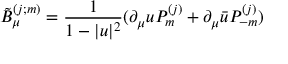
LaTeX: \tilde { B } _ { \mu } ^ { ( j ; m ) } = \frac { 1 } { 1 - | u | ^ { 2 } } ( \partial _ { \mu } u P _ { m } ^ { ( j ) } + \partial _ { \mu } \bar { u } P _ { - m } ^ { ( j ) } )